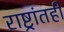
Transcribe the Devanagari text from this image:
राष्ट्रांतही